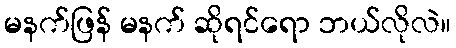
မနက်ဖြန် မနက် ဆိုရင်ရော ဘယ်လိုလဲ။